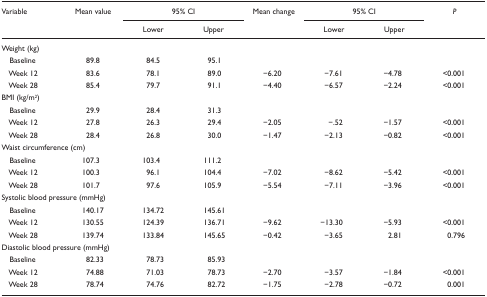
<table><thead><tr><td rowspan="3"><b>Variable</b></td><td rowspan="3"><b>Mean value</b></td><td colspan="2"><b>95% CI</b></td><td rowspan="3"><b>Mean change</b></td><td colspan="2"><b>95% CI</b></td><td rowspan="3"><b><i>P</i></b></td></tr><tr><td><b>Lower</b></td><td><b>Upper</b></td><td><b>Lower</b></td><td><b>Upper</b></td></tr></thead><tbody><tr><td colspan="8">Weight (kg)</td></tr><tr><td> Baseline</td><td>89.8</td><td>84.5</td><td>95.1</td><td></td><td></td></tr><tr><td> Week 12</td><td>83.6</td><td>78.1</td><td>89.0</td><td>−6.20</td><td>−7.61</td><td>−4.78</td><td>&lt;0.001</td></tr><tr><td> Week 28</td><td>85.4</td><td>79.7</td><td>91.1</td><td>−4.40</td><td>−6.57</td><td>−2.24</td><td>&lt;0.001</td></tr><tr><td>BMI (kg/m<sup>2</sup>)</td></tr><tr><td> Baseline</td><td>29.9</td><td>28.4</td><td>31.3</td><td></td><td></td></tr><tr><td> Week 12</td><td>27.8</td><td>26.3</td><td>29.4</td><td>−2.05</td><td>−.52</td><td>−1.57</td><td>&lt;0.001</td></tr><tr><td> Week 28</td><td>28.4</td><td>26.8</td><td>30.0</td><td>−1.47</td><td>−2.13</td><td>−0.82</td><td>&lt;0.001</td></tr><tr><td colspan="8">Waist circumference (cm)</td></tr><tr><td> Baseline</td><td>107.3</td><td>103.4</td><td>111.2</td><td></td></tr><tr><td> Week 12</td><td>100.3</td><td>96.1</td><td>104.4</td><td>−7.02</td><td>−8.62</td><td>−5.42</td><td>&lt;0.001</td></tr><tr><td> Week 28</td><td>101.7</td><td>97.6</td><td>105.9</td><td>−5.54</td><td>−7.11</td><td>−3.96</td><td>&lt;0.001</td></tr><tr><td>Systolic blood pressure (mmHg)</td></tr><tr><td> Baseline</td><td>140.17</td><td>134.72</td><td>145.61</td><td></td><td></td></tr><tr><td> Week 12</td><td>130.55</td><td>124.39</td><td>136.71</td><td>−9.62</td><td>−13.30</td><td>−5.93</td><td>&lt;0.001</td></tr><tr><td> Week 28</td><td>139.74</td><td>133.84</td><td>145.65</td><td>−0.42</td><td>−3.65</td><td>2.81</td><td>0.796</td></tr><tr><td>Diastolic blood pressure (mmHg)</td></tr><tr><td> Baseline</td><td>82.33</td><td>78.73</td><td>85.93</td><td></td><td></td></tr><tr><td> Week 12</td><td>74.88</td><td>71.03</td><td>78.73</td><td>−2.70</td><td>−3.57</td><td>−1.84</td><td>&lt;0.001</td></tr><tr><td> Week 28</td><td>78.74</td><td>74.76</td><td>82.72</td><td>−1.75</td><td>−2.78</td><td>−0.72</td><td>0.001</td></tr></tbody></table>